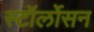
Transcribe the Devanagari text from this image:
स्टॉर्लोसन